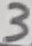
Text: 3